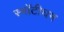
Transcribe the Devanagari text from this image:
स्नॉटीघम